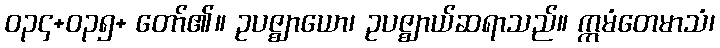
ဝ၃၄+ဝ၃၅+ တော်၏။ ဥပဇ္ဈာယော၊ ဥပဇ္ဈာယ်ဆရာသည်။ ဣမံတေမာသံ၊